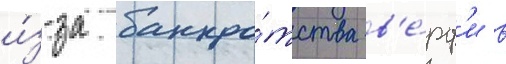
и́з-за банкро́тства в'е́рф'и в